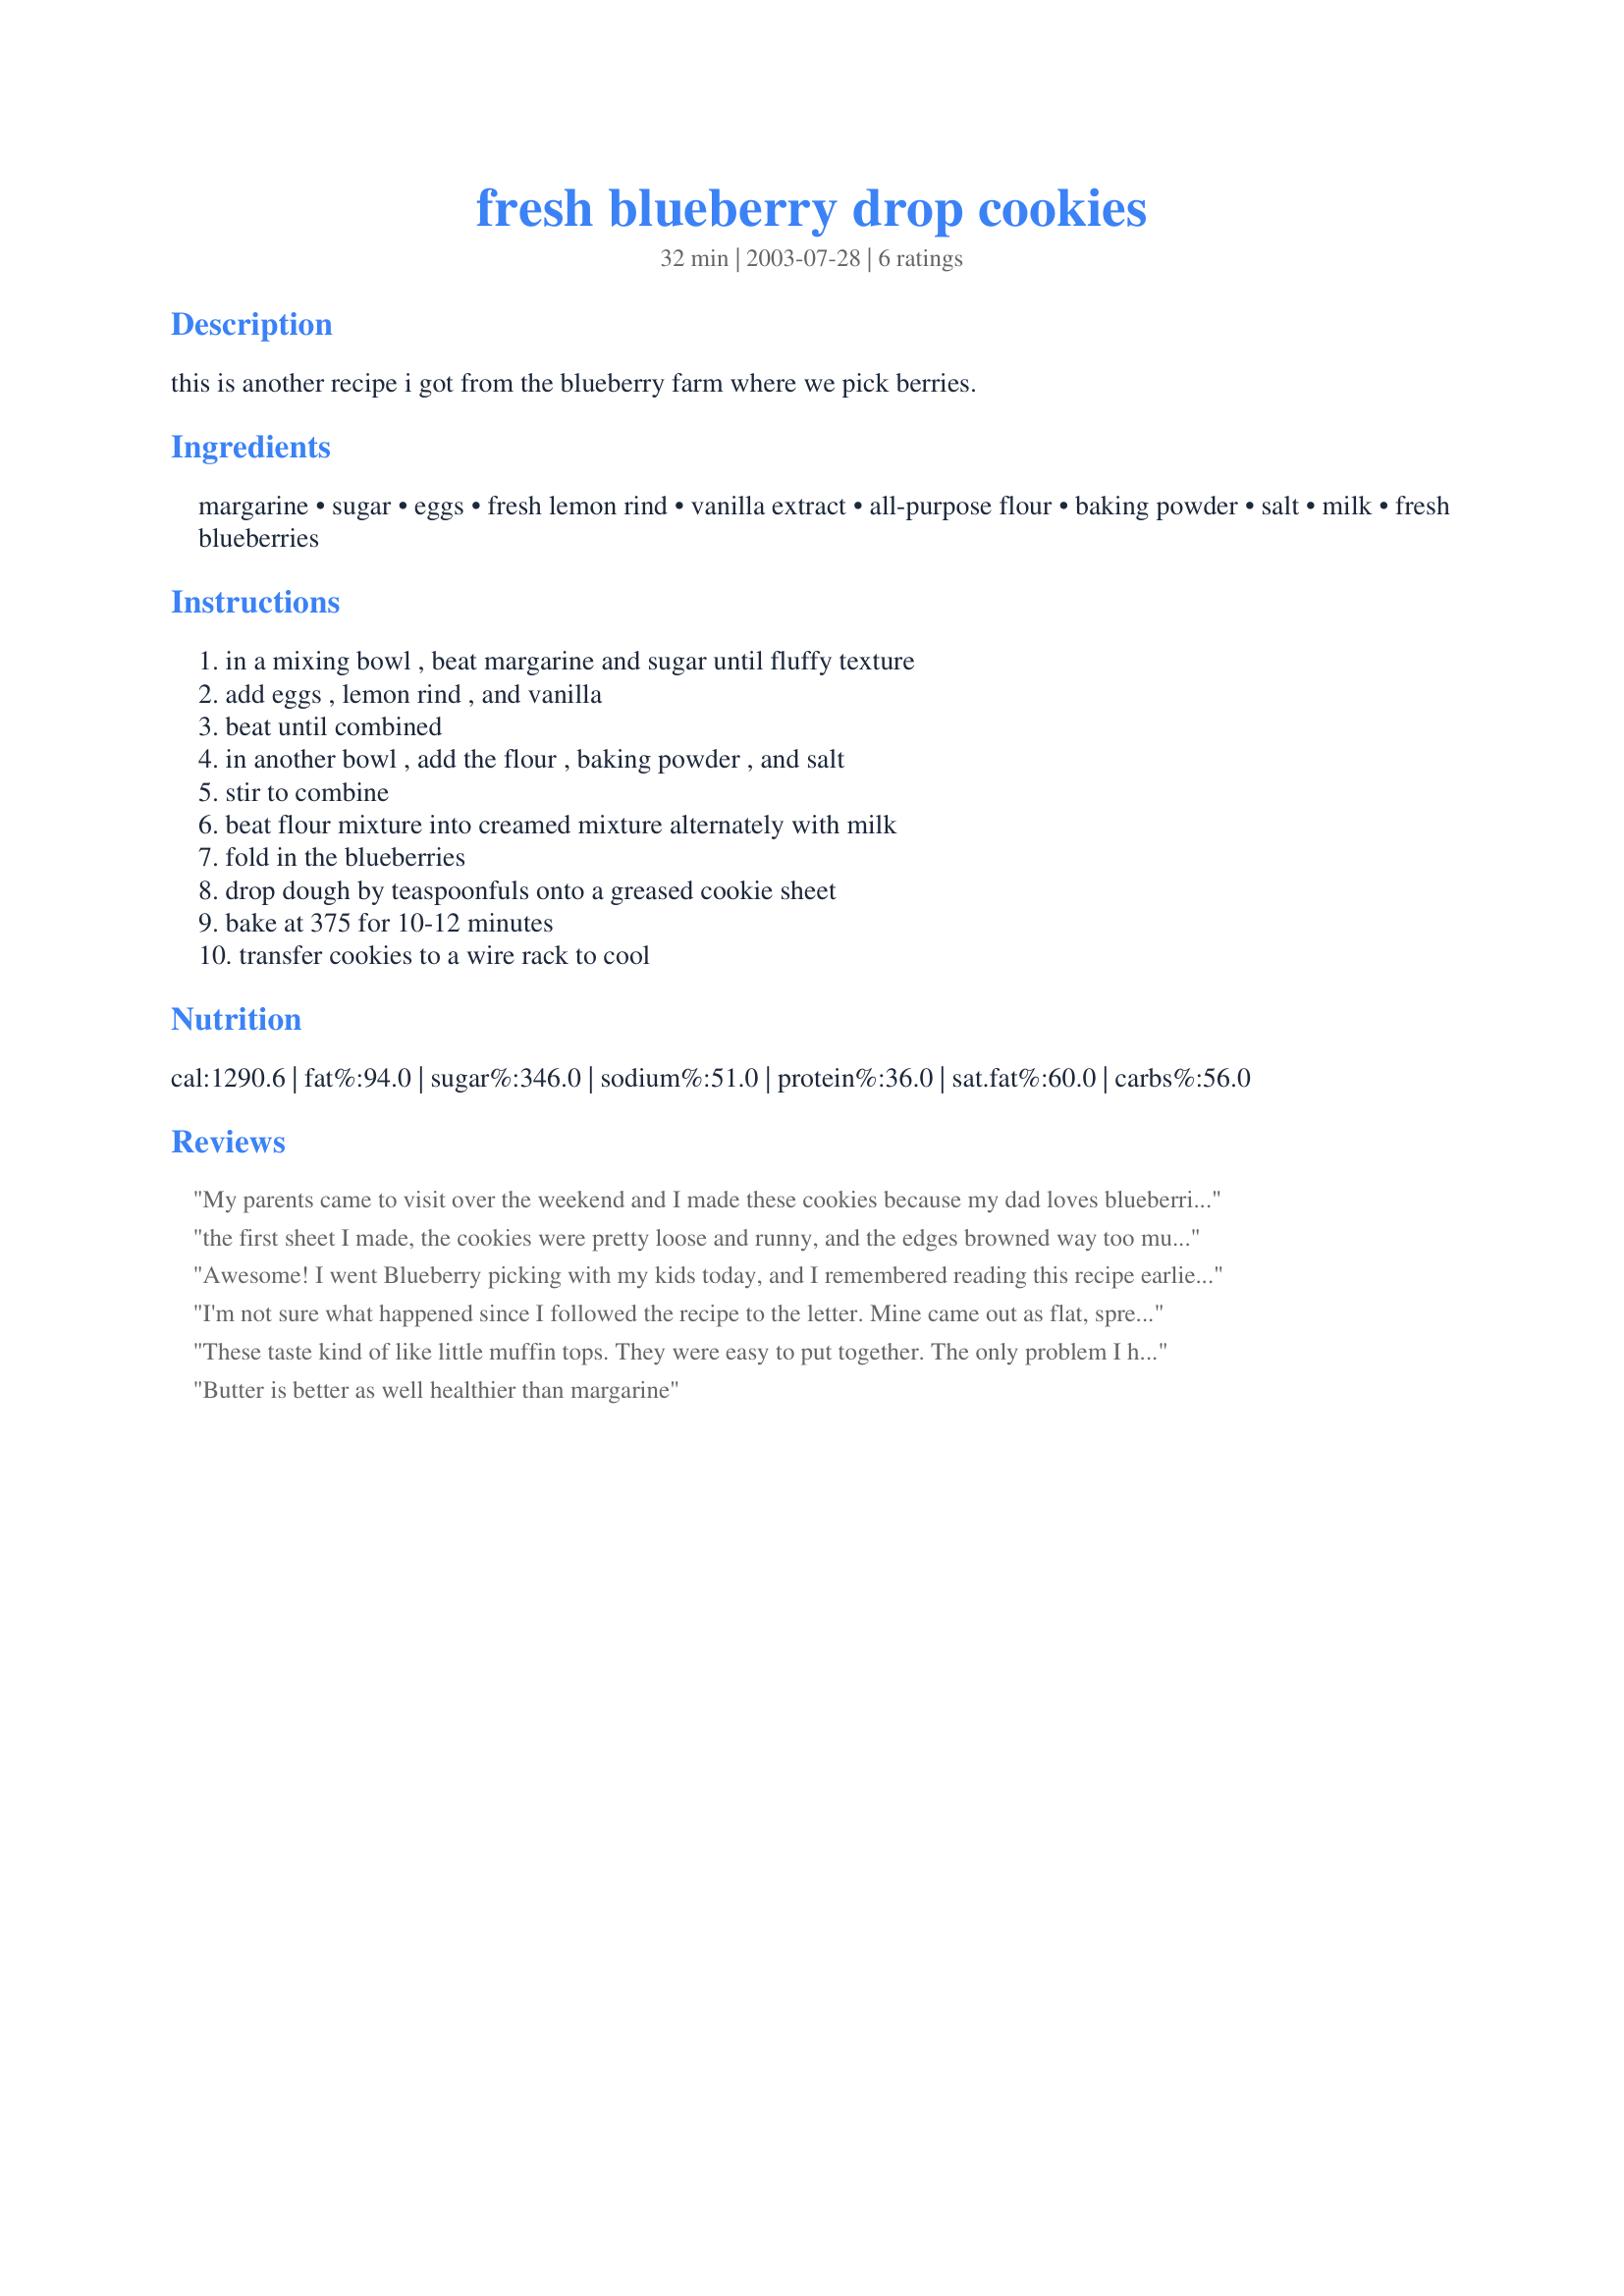
fresh blueberry drop cookies
Preparation time: 32 minutes

this is another recipe i got from the blueberry farm where we pick berries.

Ingredients:
margarine, sugar, eggs, fresh lemon rind, vanilla extract, all-purpose flour, baking powder, salt, milk, fresh blueberries

Steps:
in a mixing bowl , beat margarine and sugar until fluffy texture, add eggs , lemon rind , and vanilla, beat until combined, in another bowl , add the flour , baking powder , and salt, stir to combine, beat flour mixture into creamed mixture alternately with milk, fold in the blueberries, drop dough by teaspoonfuls onto a greased cookie sheet, bake at 375 for 10-12 minutes, transfer cookies to a wire rack to cool

Reviews:
My parents came to visit over the weekend and I made these cookies because my dad loves blueberries. I thought they turned out just fine and they did kind of remind me of blueberry muffins in a cookie form. Thanks, I will definitely make these again.
the first sheet I made, the cookies were pretty loose and runny, and the edges browned way too much compared to the rest of the cookie - easy fix - I added a couple more tablespoons of flour then a small handful of quick oats, and reduced the oven temp a bit. Wha-la! slightly better, still funky, blueberry drop cookies
Awesome! I went Blueberry picking with my kids today, and I remembered reading this recipe earlier in the year. We made these up and are enjoying them quite a bit! I didn't have FRESH lemon, so I substituted 1/2 tsp Lemon Flavour. I baked one batch on my Pampered Chef bakers stone, took 13 min in my oven. Not golden, just starting in parts of the tops, but I don't mind at all!! They are delicious. Second batch I put on my Wilton cookie sheet for 13 minutes. They were dark golden on the bottom, white on top. Just as yummy as the others. I personally prefer the bakers stone for all my cookies. My oldest daughter turned to me, after her THIRD cookie, and said, "Mom, you HAVE to keep this recipe!" I will!!
I'm not sure what happened since I followed the recipe to the letter. Mine came out as flat, spread out messes. I cooked the rest of the dough as bars and that came out fine. They tasted good. They were just very liquidy.
These taste kind of like little muffin tops. They were easy to put together. The only problem I had with them is that they didn't get brown on the top-at all. They were still the pale color they were when they went in the oven. The bottoms browned up nicely and the insides were done, but the tops were very pale. I didn't want to overbake them so I took them out at the specified time.
Butter is better as well healthier than margarine
